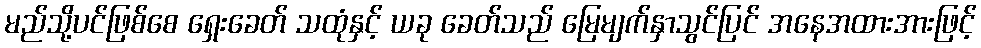
မည်သို့ပင်ဖြစ်စေ ရှေးခေတ် သထုံနှင့် ယခု ခေတ်သည် မြေမျက်နှာသွင်ပြင် အနေအထားအားဖြင့်